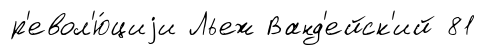
р'евол'ю́циjи Льеж Ванд'ейск'ий 81